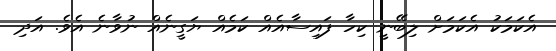
އެކަމަކު އެކަމަށް ލިބޭނީ ކިހާ ފައިސާއެއް ކަމެއް ޔަގީނެއް ނުވާނެ އެވެ. އަދި